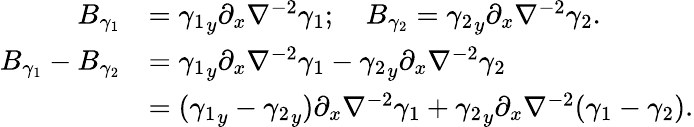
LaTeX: \begin{array}{rl}{B_{\gamma_{1}}}&{={\gamma_{1}}_{y}\partial_{x}\nabla^{-2}\gamma_{1};\ \ \ \ B_{\gamma_{2}}={\gamma_{2}}_{y}\partial_{x}\nabla^{-2}{\gamma_{2}}.}\\ {B_{\gamma_{1}}-B_{\gamma_{2}}}&{={\gamma_{1}}_{y}\partial_{x}\nabla^{-2}\gamma_{1}-{\gamma_{2}}_{y}\partial_{x}\nabla^{-2}{\gamma_{2}}}\\ &{=({\gamma_{1}}_{y}-{\gamma_{2}}_{y})\partial_{x}\nabla^{-2}\gamma_{1}+{\gamma_{2}}_{y}\partial_{x}\nabla^{-2}(\gamma_{1}-{\gamma_{2}}).}\end{array}